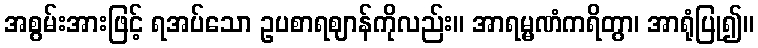
အစွမ်းအားဖြင့် ရအပ်သော ဥပစာရဈာန်ကိုလည်း။ အာရမ္မဏံကရိတွာ၊ အာရုံပြု၍။